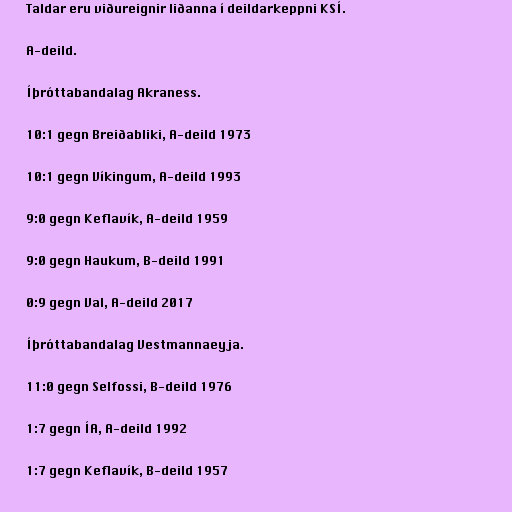
Taldar eru viðureignir liðanna í deildarkeppni KSÍ.

A-deild.

Íþróttabandalag Akraness.

10:1 gegn Breiðabliki, A-deild 1973

10:1 gegn Víkingum, A-deild 1993

9:0 gegn Keflavík, A-deild 1959

9:0 gegn Haukum, B-deild 1991

0:9 gegn Val, A-deild 2017

Íþróttabandalag Vestmannaeyja.

11:0 gegn Selfossi, B-deild 1976

1:7 gegn ÍA, A-deild 1992

1:7 gegn Keflavík, B-deild 1957